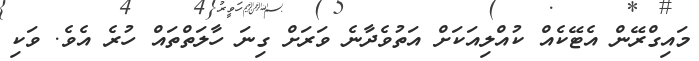
މައިގްރޭން އެޓޭކެއް ކުއްލިއަކަށް އަތުވެދާނެ ވަރަށް ގިނަ ހާލަތްތައް ހުރެ އެވެ. ވަކި